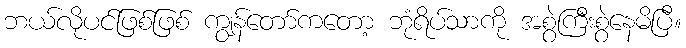
ဘယ်လိုပင်ဖြစ်ဖြစ် ကျွန်တော်ကတော့ ဘုံရိပ်သာကို အစွဲကြီးစွဲနေမိပြီ။